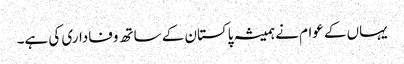
یہاں کے عوام نے ہمیشہ پاکستان کے ساتھ وفاداری کی ہے۔